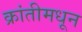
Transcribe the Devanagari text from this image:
क्रांतीमधून